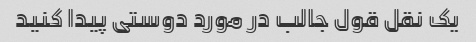
یک نقل قول جالب در مورد دوستی پیدا کنید